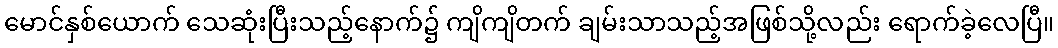
မောင်နှစ်ယောက် သေဆုံးပြီးသည့်နောက်၌ ကျိကျိတက် ချမ်းသာသည့်အဖြစ်သို့လည်း ရောက်ခဲ့လေပြီ။